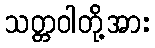
သတ္တဝါတို့အား